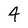
Character: 4